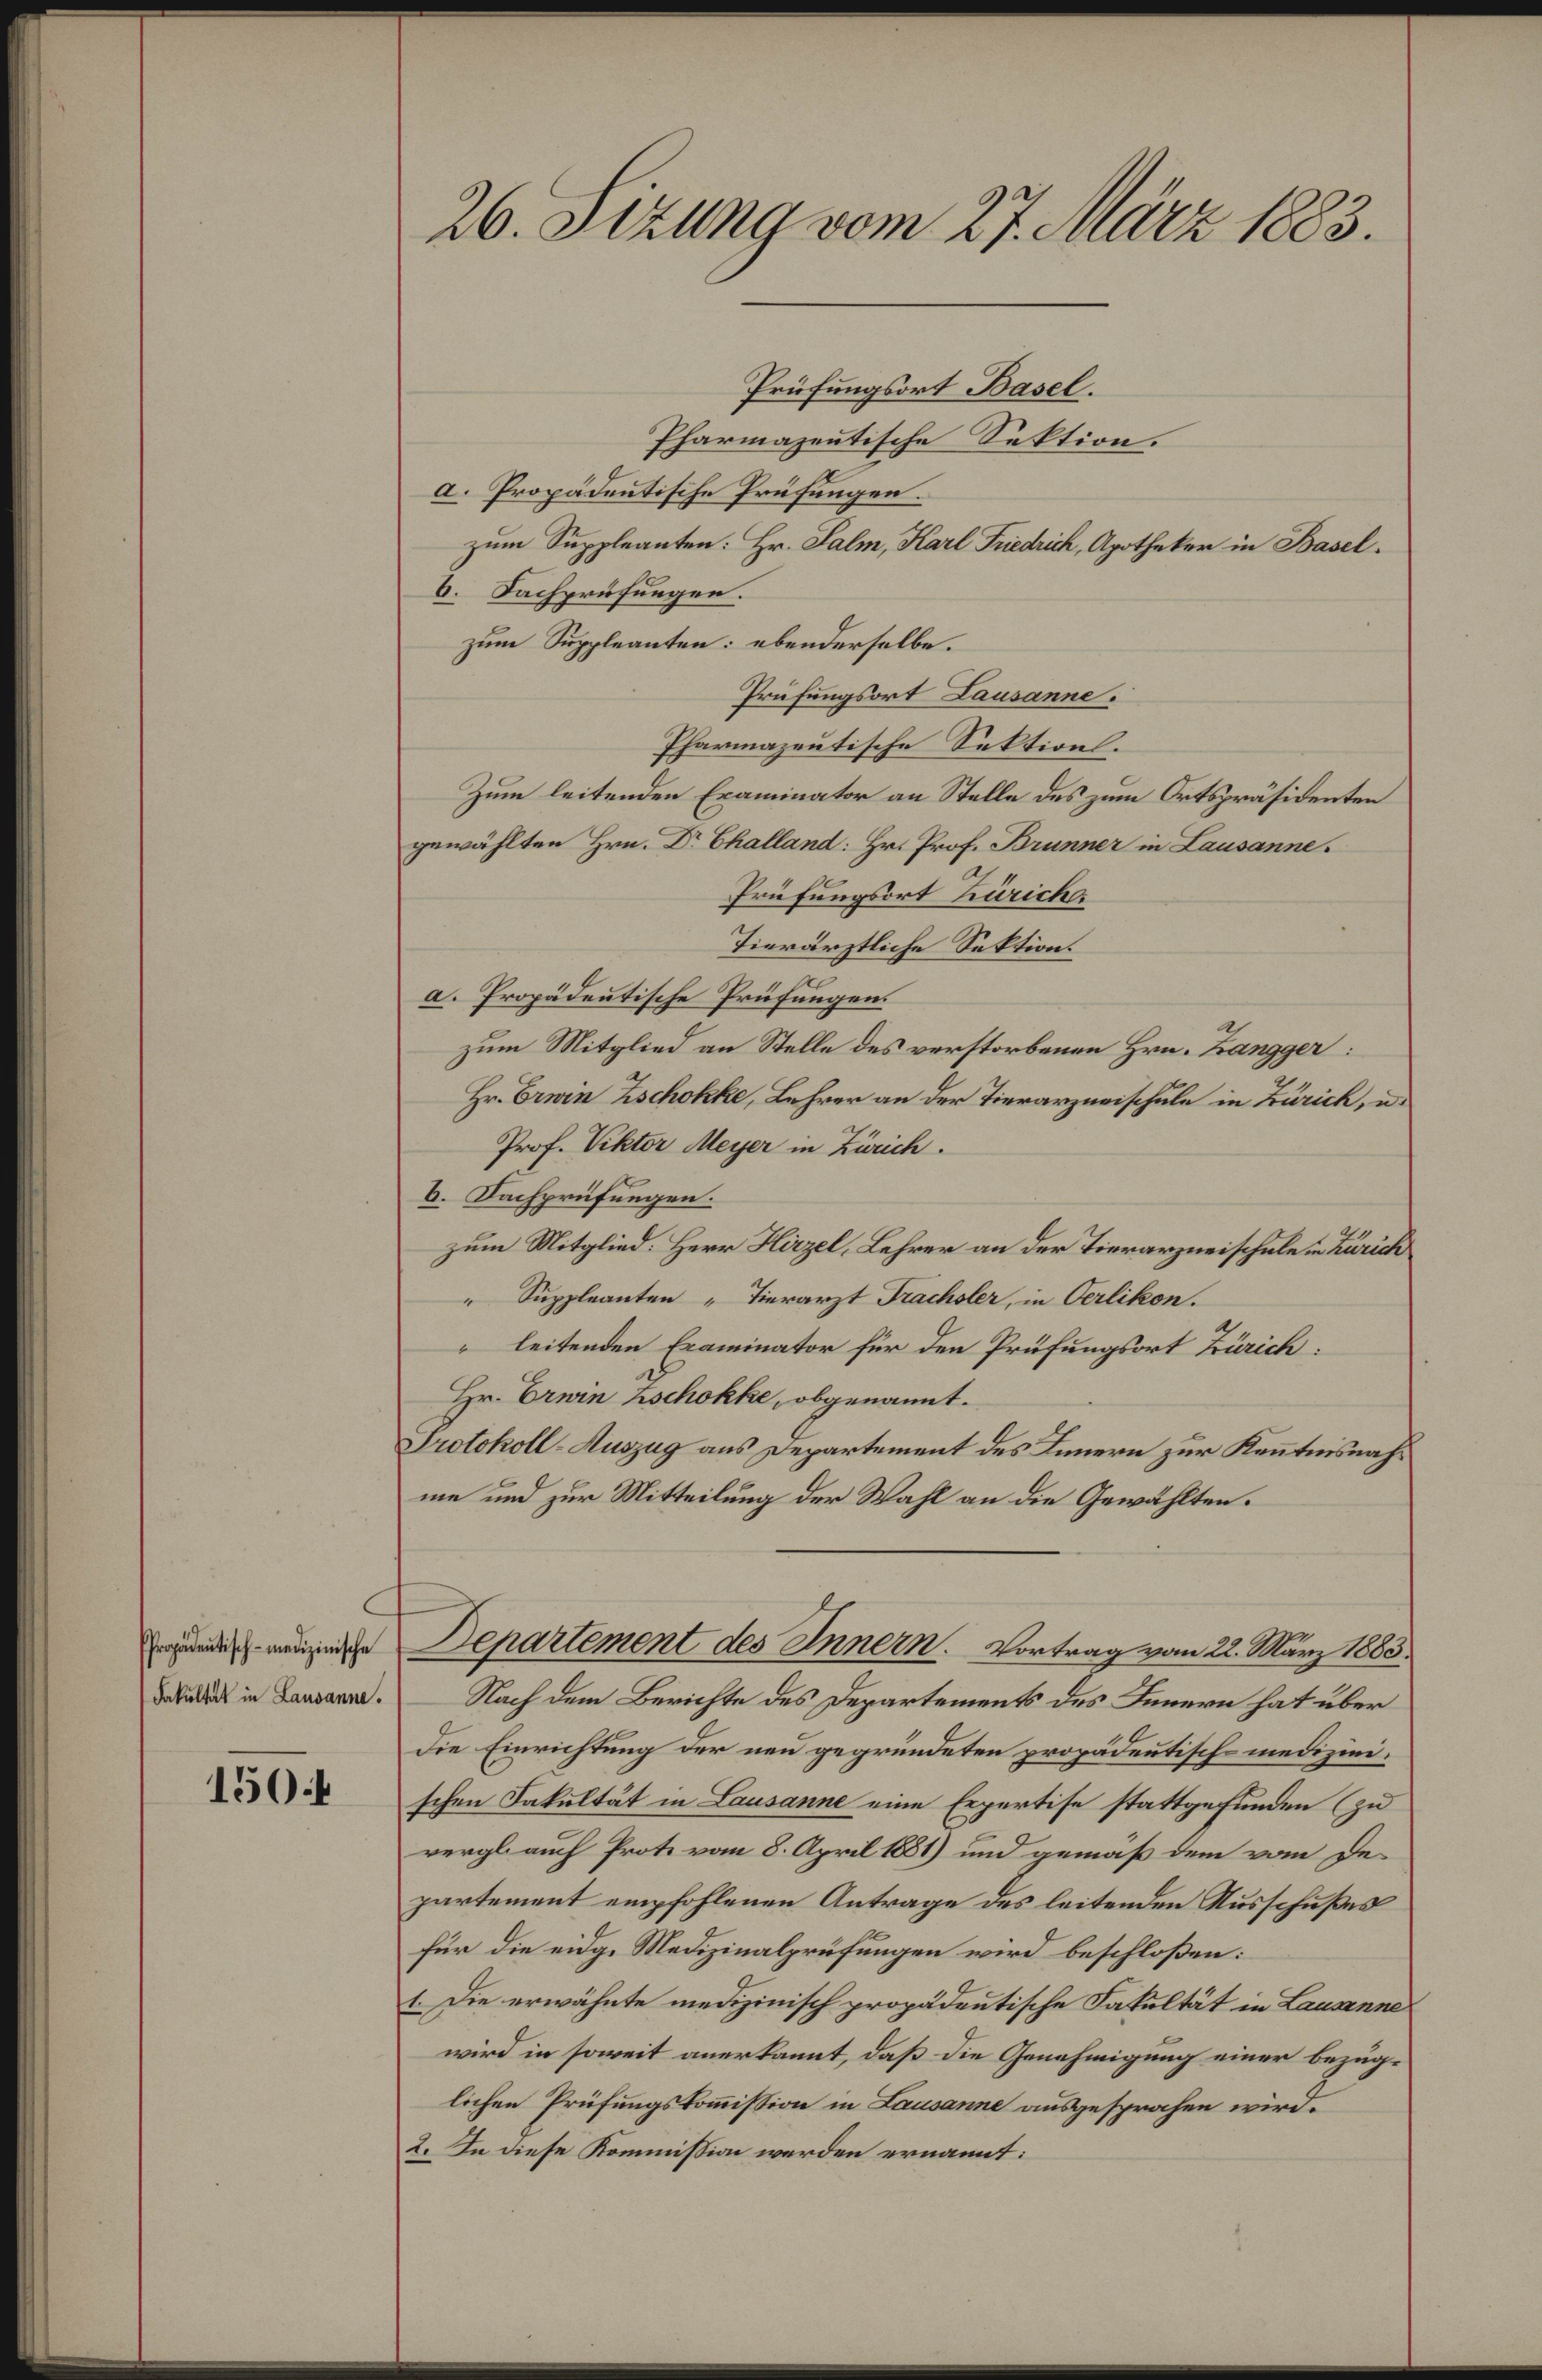
Propadentisch-medizinische
Fakultät in Lausanne.

150

26. Sizung vom 27. März 1883.

Prüfungsort Basel.
Pharmazentische Sektion.
a. Propädentische Prüfungen.
zum Suppleanten: Hr. Salm, Karl Friedrich, Apotheker in Basel.
b. Nachprüfungen.
zum Suppleanten: ebenderselbe.
Prüfungsort Lausanne.
Pharmazentische Sektion.
Zum leitenden Eraminator an Stelle des zum Ortspräsidenten
gewählten Hrn. Dr Challand: Hr. Prof. Brunner in Lausanne.
Prüfungsort Zürich
Tierärztliche Sektion.
a. Propädeutische Prüfungen.
zum Mitglied an Stelle des verstorbenen Hrn. Zangger
Hr. Erwin Zschokke, Lehrer an der Tierarzneischule in Zürich, u.
Prof. Viktor Meyer in Zürich.
6. Dachprüfungen.
zum Mitglied: Herr Hirzel, Lehrer an der Tierarzneischule in Zürich
Suppleanten „Tierarzt Frachsler, in Oerlikon.
leitenden Examinator für den Prüfungsort Zürich:
Hr. Ernen Zschokke, obgenannt.
Protokoll-Auszug aus Departement des Innern zur Kenntnisnahme und zur Mitteilung der Wahl an die Gewählten.
Departement des Innern. Vortrag vom 22. März 1883.
Nach dem Berichte des Departements des Innern hat über
die Einrichtung der neu gegründeten propädeutisch-medizinischen Fakultät in Lausanne eine Erpertise stattgefunden (zu
vergl. auf Prote vom 8. April 1881) und gemäß dem vom Departement empfohlenen Antrage des leitenden Ausschußes
für die eidg. Medizinalprüfungen wird beschloßen:
1. Die erwähnte medizinisch propädeutische Fakultät in Lausanne
wird in soweit anerkannt, daß die Genehmigung einer bezüglichen Prüfungskommission in Lausanne ausgesprochen wird.
2. In diese Kommission werden ernannt: